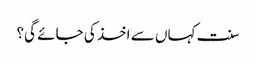
سنت کہاں سے اخذ کی جائے گی؟